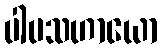
ပါပသဟာယော